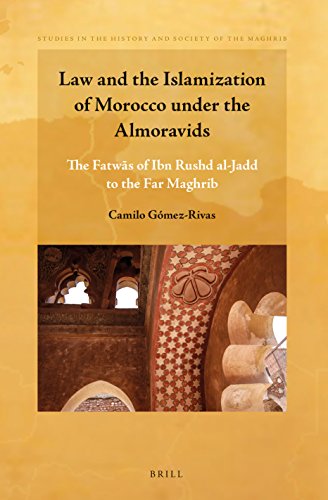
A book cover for Law and the Islamization of Morocco Under the Almoravids: The Fatwas of Ibn Rushd Al-Jadd to the Far Maghrib (Studies in the History and Society of the Maghrib); Camilo Gomez-rivas; Religion & Spirituality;